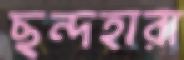
ছন্দহারা